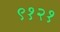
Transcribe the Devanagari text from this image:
९१२१